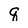
Character: q